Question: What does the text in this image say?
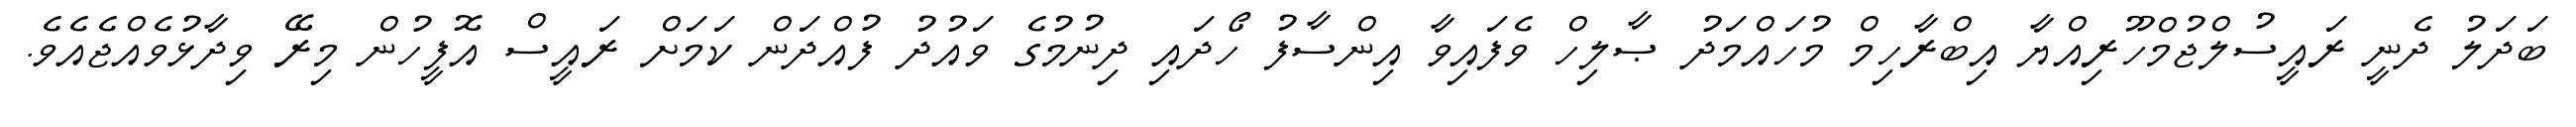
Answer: ބަދަލު ދެނީ ރައީސުލްޖުމްހޫރިއްޔާ އިބްރާހިމް މުހައްމަދު ޞާލިހް ވެފައިވާ އިންސާފު ހޯދައި ދިނުމުގެ ވައުދު ފުއްދަން ކަމަށް ރައީސް އޮފީހުން މިރޭ ވިދާޅުވެއްޖެއެވެ.